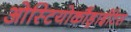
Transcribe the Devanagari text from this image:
ओस्टियोकौंड्राईटिस